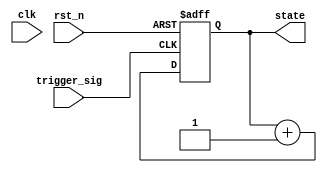
module negative_edge_trigger (
    input wire clk,           // Clock signal
    input wire rst_n,        // Active-low reset signal
    input wire trigger_sig,   // Triggering signal for negative edge
    output reg [7:0] state   // Example output state
);

// Internal variable to hold previous state of the trigger signal
reg trigger_sig_prev;

// Initial block for reset and initialization
initial begin
    state = 8'b00000000;      // Initialize state
    trigger_sig_prev = 1'b1;  // Assume trigger signal starts high
end

// Always block sensitive to the negative edge of the trigger signal
always @(negedge trigger_sig or negedge rst_n) begin
    if (!rst_n) begin
        // Reset condition
        state <= 8'b00000000;  // Reset state
    end else begin
        // Logic to execute on negative edge of trigger_sig
        // Example: Increment state on negative edge
        state <= state + 1;
    end
end

// Always block to capture the previous state of the trigger signal
always @(posedge clk) begin
    trigger_sig_prev <= trigger_sig; // Capture the current state of the trigger signal
end

endmodule